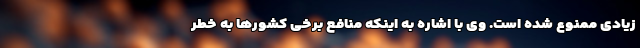
زیادی ممنوع شده است. وی با اشاره به اینکه منافع برخی کشورها به خطر